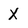
Character: X